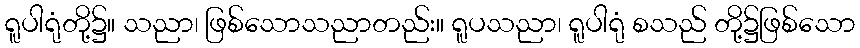
ရူပါရုံတို့၌။ သညာ၊ ဖြစ်သောသညာတည်း။ ရူပသညာ၊ ရူပါရုံ စသည် တို့၌ဖြစ်သော